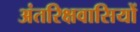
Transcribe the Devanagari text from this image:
अंतरिक्षवासियों